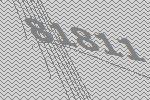
81811